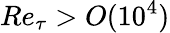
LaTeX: Re_{\tau}>O(10^{4})